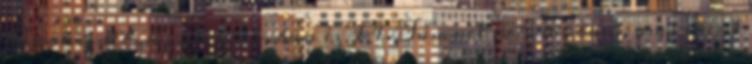
kanonizált Józsué 10:13-ban és II.Sámuel 1:17-18-ban , ami eként